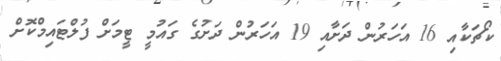
ކޯޗަކާއި 16 އަހަރުން ދަށާއި 19 އަހަރުން ދަށުގެ ގައުމީ ޓީމަށް ފުލްޓައިމްކޮށް